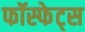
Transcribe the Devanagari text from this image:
फॉस्फेट्स